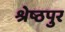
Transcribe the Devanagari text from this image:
श्रेष्ठपुर